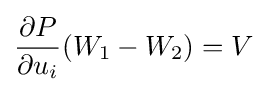
{\frac {\partial P}{\partial u_{i}}}(W_{1}-W_{2})=V